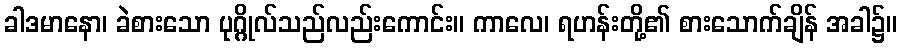
ခါဒမာနော၊ ခဲစားသော ပုဂ္ဂိုလ်သည်လည်းကောင်း။ ကာလေ၊ ရဟန်းတို့၏ စားသောက်ချိန် အခါ၌။